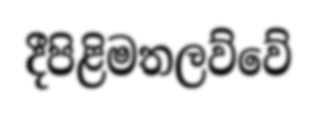
දීපිළිමතලව්වේ